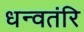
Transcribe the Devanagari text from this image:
धन्वतंरि